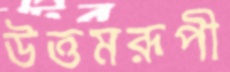
উত্তমরূপী